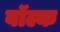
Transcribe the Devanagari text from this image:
वॉल्क